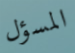
المسؤل